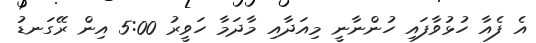
އެ ފެއާ ހުޅުވާފައި ހުންނާނީ މިއަދާއި މާދަމާ ހަވީރު 5:00 އިން ރޭގަނޑު